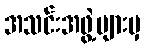
အသင်းအဖွဲ့များမှ